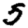
Digit: 5